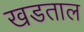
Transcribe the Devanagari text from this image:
खडताल